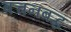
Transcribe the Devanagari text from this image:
बचनबद्ध